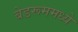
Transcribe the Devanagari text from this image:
बेडरूममध्ये